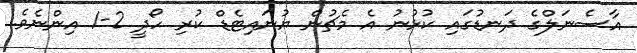
އާސެނަލްގެ ދަނޑުގައި ކުޅުނު އެ މެޗުން ޔުނައިޓެޑް ކުރި ހޯދީ 2-1 އިންނެވެ.